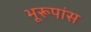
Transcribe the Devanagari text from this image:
भूरूपांस